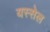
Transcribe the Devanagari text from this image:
यस्सेल